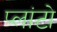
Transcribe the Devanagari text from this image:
प्‍लांटो